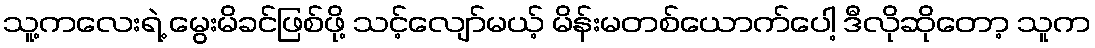
သူ့ကလေးရဲ့ မွေးမိခင်ဖြစ်ဖို့ သင့်လျော်မယ့် မိန်းမတစ်ယောက်ပေါ့ ဒီလိုဆိုတော့ သူက